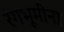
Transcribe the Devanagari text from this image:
रंगभूमींना